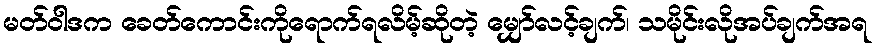
မတ်ဝါဒက ခေတ်ကောင်းကိုရောက်ရလိမ့်ဆိုတဲ့ မျှော်လင့်ချက်၊ သမိုင်းလိုအပ်ချက်အရ